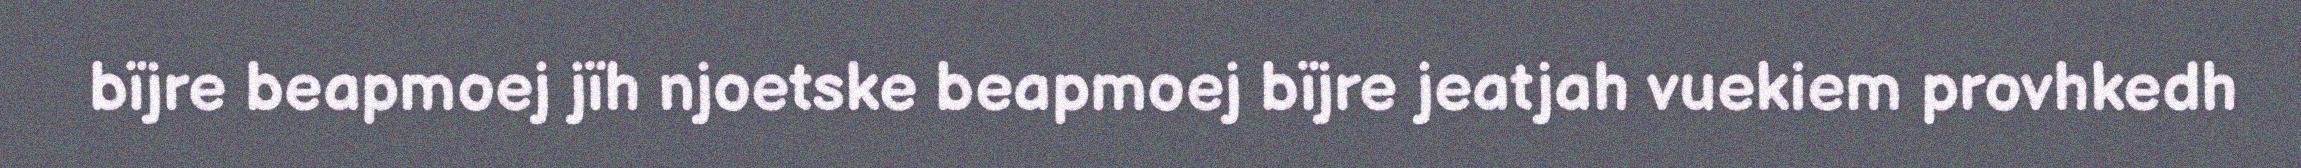
bïjre beapmoej jïh njoetske beapmoej bïjre jeatjah vuekiem provhkedh